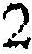
2